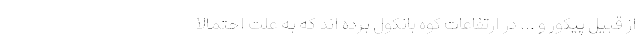
از قبیل پیکور و ... در ارتفاعات کوه بانکول برده اند که به علت احتمالاً